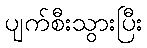
ပျက်စီးသွားပြီး